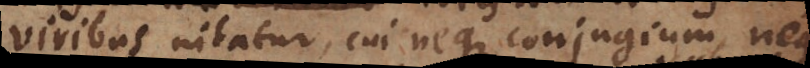
viribus nitatur, cui neque conjugium, neque